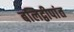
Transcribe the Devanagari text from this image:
बलिद्वीपांत